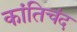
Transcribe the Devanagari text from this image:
कांतिचंद